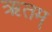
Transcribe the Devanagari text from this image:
ऋतम्